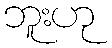
ဘူးဟု